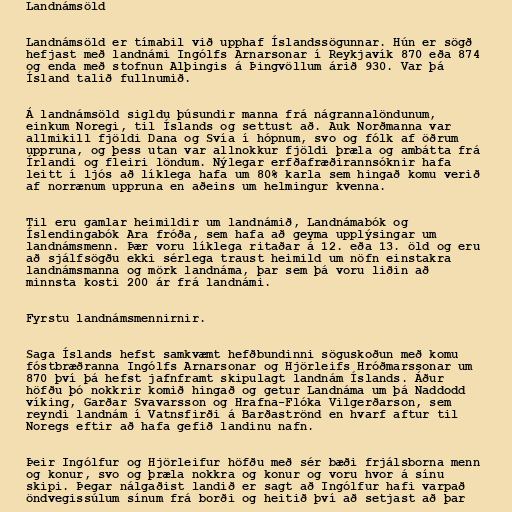
Landnámsöld

Landnámsöld er tímabil við upphaf Íslandssögunnar. Hún er sögð
hefjast með landnámi Ingólfs Arnarsonar í Reykjavík 870 eða 874
og enda með stofnun Alþingis á Þingvöllum árið 930. Var þá
Ísland talið fullnumið.

Á landnámsöld sigldu þúsundir manna frá nágrannalöndunum,
einkum Noregi, til Íslands og settust að. Auk Norðmanna var
allmikill fjöldi Dana og Svía í hópnum, svo og fólk af öðrum
uppruna, og þess utan var allnokkur fjöldi þræla og ambátta frá
Írlandi og fleiri löndum. Nýlegar erfðafræðirannsóknir hafa
leitt í ljós að líklega hafa um 80% karla sem hingað komu verið
af norrænum uppruna en aðeins um helmingur kvenna.

Til eru gamlar heimildir um landnámið, Landnámabók og
Íslendingabók Ara fróða, sem hafa að geyma upplýsingar um
landnámsmenn. Þær voru líklega ritaðar á 12. eða 13. öld og eru
að sjálfsögðu ekki sérlega traust heimild um nöfn einstakra
landnámsmanna og mörk landnáma, þar sem þá voru liðin að
minnsta kosti 200 ár frá landnámi.

Fyrstu landnámsmennirnir.

Saga Íslands hefst samkvæmt hefðbundinni söguskoðun með komu
fóstbræðranna Ingólfs Arnarsonar og Hjörleifs Hróðmarssonar um
870 því þá hefst jafnframt skipulagt landnám Íslands. Áður
höfðu þó nokkrir komið hingað og getur Landnáma um þá Naddodd
víking, Garðar Svavarsson og Hrafna-Flóka Vilgerðarson, sem
reyndi landnám í Vatnsfirði á Barðaströnd en hvarf aftur til
Noregs eftir að hafa gefið landinu nafn.

Þeir Ingólfur og Hjörleifur höfðu með sér bæði frjálsborna menn
og konur, svo og þræla nokkra og konur og voru hvor á sínu
skipi. Þegar nálgaðist landið er sagt að Ingólfur hafi varpað
öndvegissúlum sínum frá borði og heitið því að setjast að þar